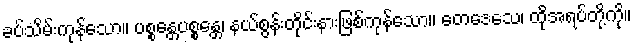
ခပ်သိမ်းကုန်သော။ ပစ္စန္တေပစ္စန္တေ၊ နယ်စွန်းတိုင်းနားဖြစ်ကုန်သော။ တေဒေသေ၊ ထိုအရပ်တို့ကို။